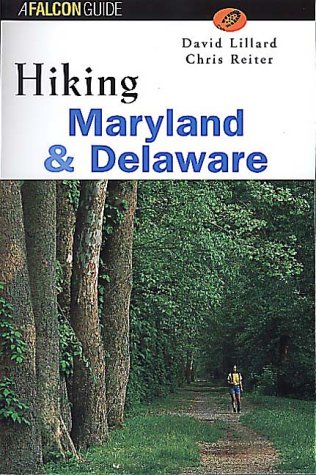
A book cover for Hiking Maryland and Delaware (State Hiking Series); David Edwin Lillard; Travel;